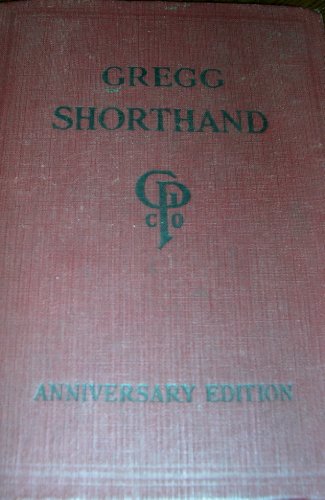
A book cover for Gregg Shorthand, Anniversary Edition; John Robert Gregg; Business & Money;